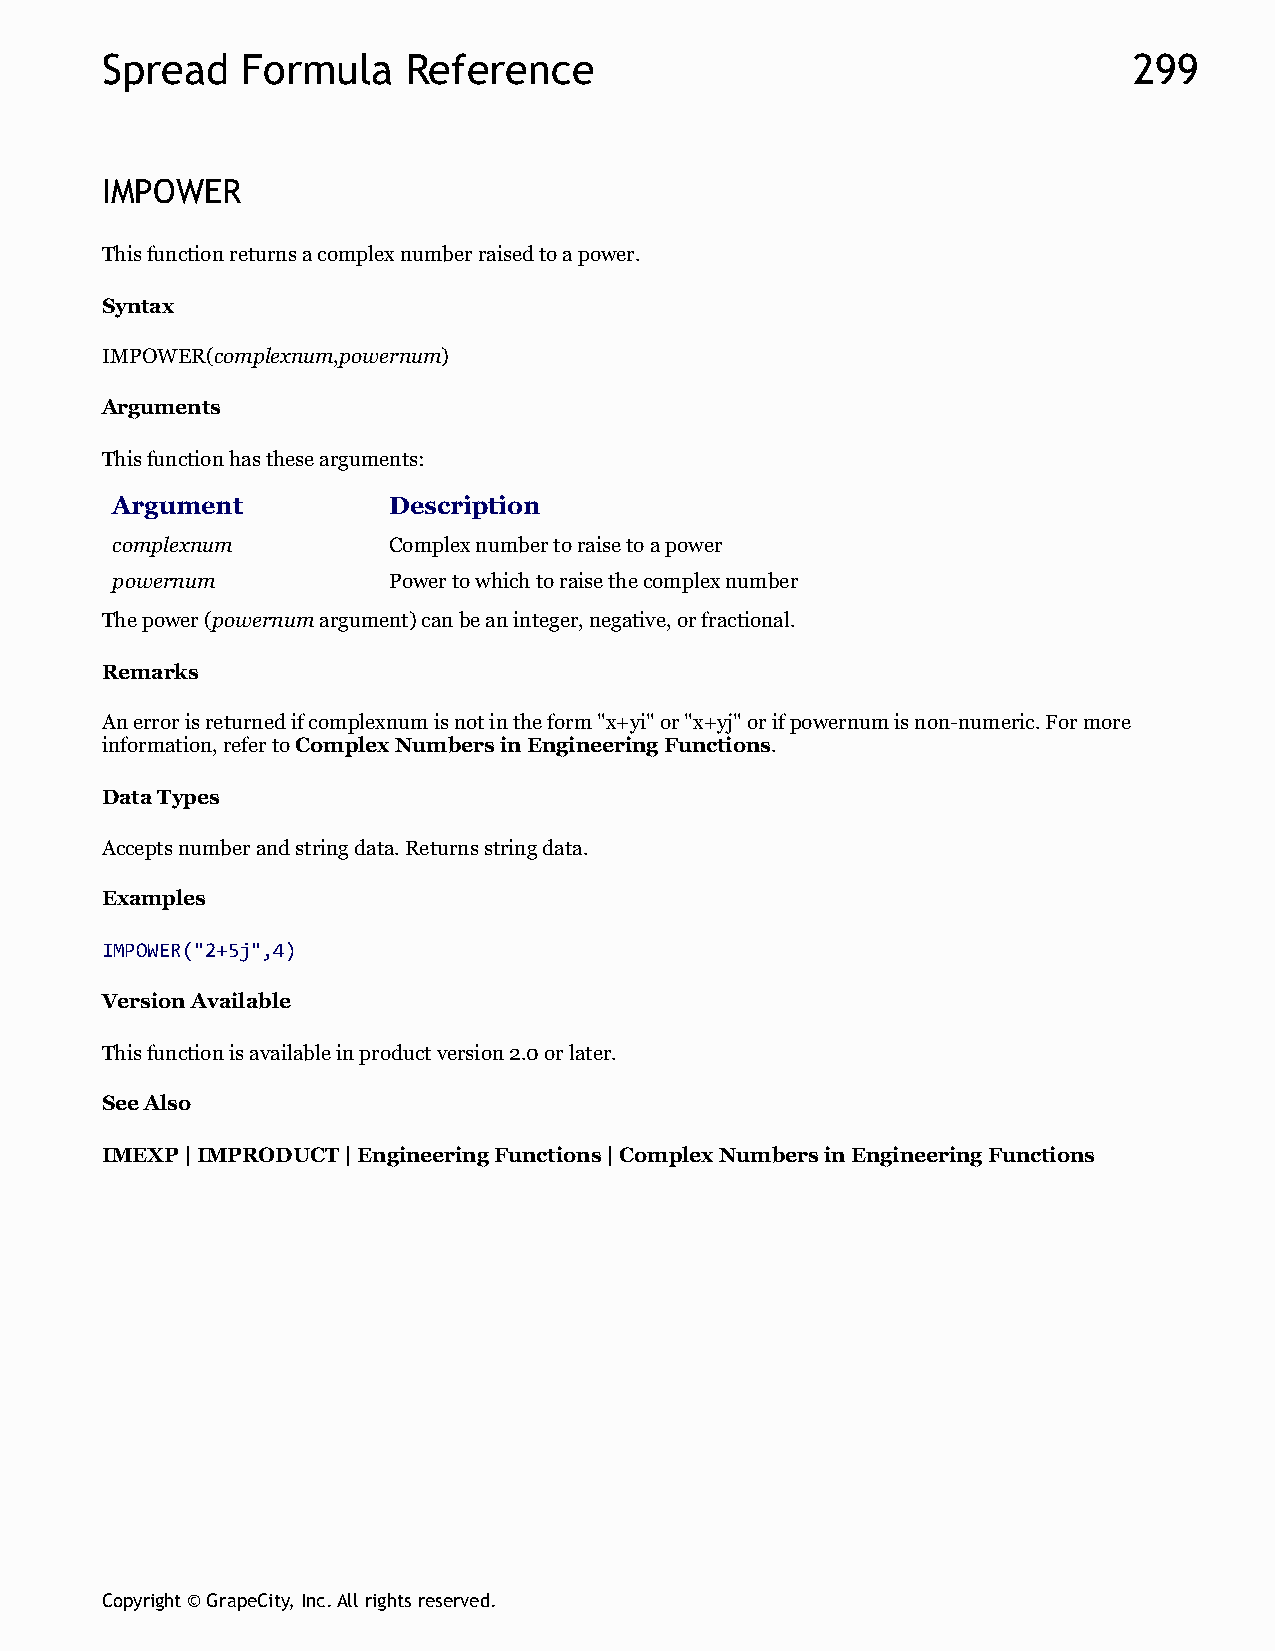
Spread   Formula    Reference                                       299
 IMPOWER
 This function returns a complex number raised to a power.
 Syntax
 IMPOWER(complexnum,powernum)
 Arguments
 This function has these arguments:
 Argument           Description
 complexnum         Complex number to raise to a power
 powernum           Power to which to raise the complex number
 The power (powernum argument) can be an integer, negative, or fractional.
 Remarks
 An error is returned if complexnum is not in the form "x+yi" or "x+yj" or if powernum is non-numeric. For more
 information, refer to Complex Numbers in Engineering Functions.
 Data Types
 Accepts number and string data. Returns string data.
 Examples
 IMPOWER("2+5j",4)
 Version Available
 This function is available in product version 2.0 or later.
 See Also
 IMEXP | IMPRODUCT | Engineering Functions | Complex Numbers in Engineering Functions
 Copyright © GrapeCity, Inc. All rights reserved.